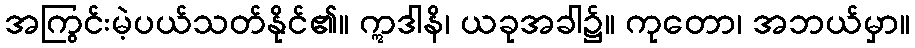
အကြွင်းမဲ့ပယ်သတ်နိုင်၏။ ဣဒါနိ၊ ယခုအခါ၌။ ကုတော၊ အဘယ်မှာ။